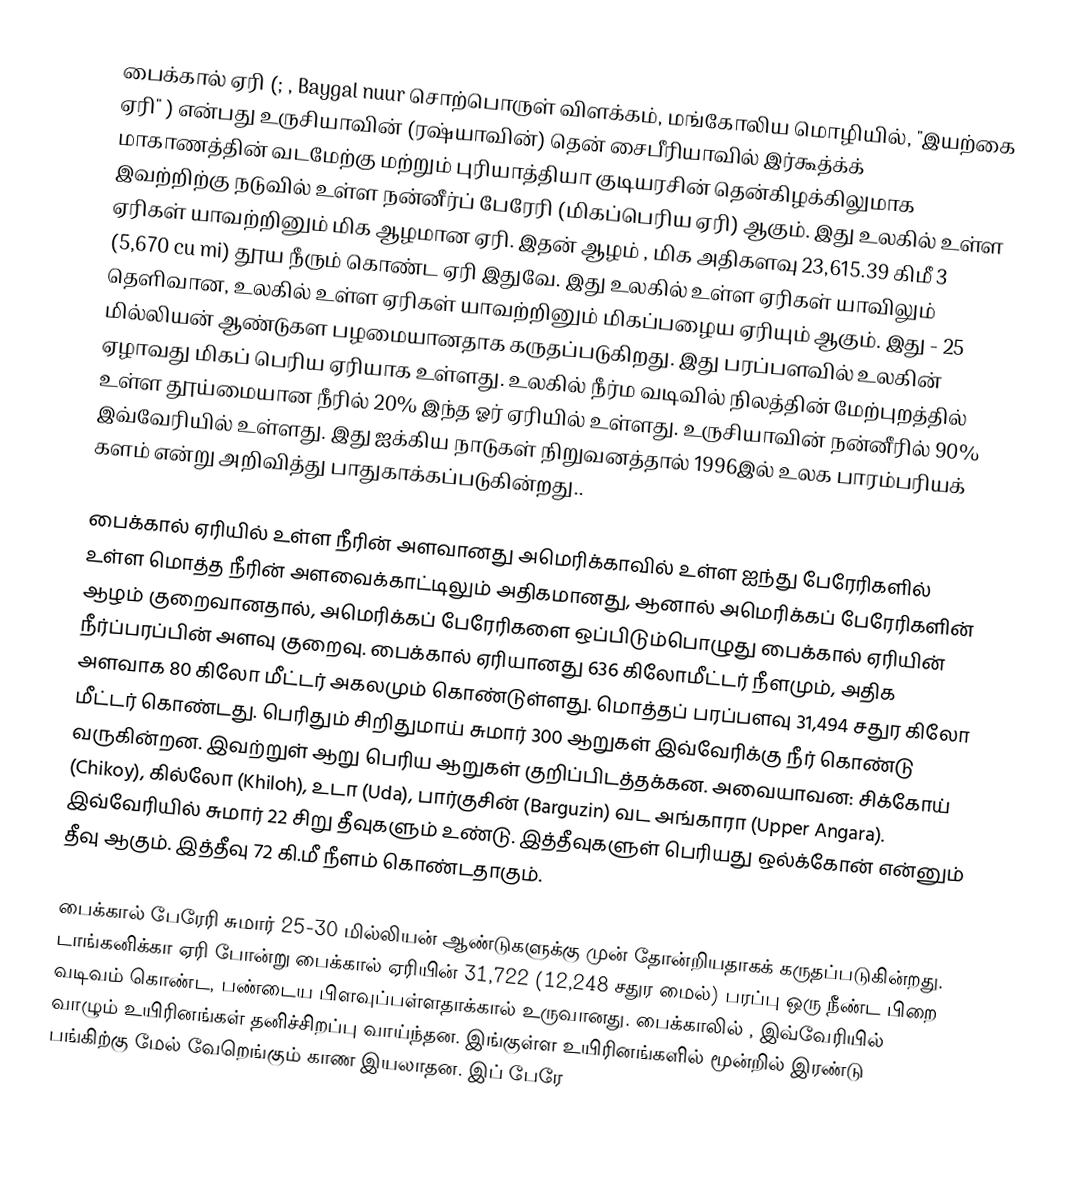
பைக்கால் ஏரி (; ,  Baygal nuur   சொற்பொருள் விளக்கம், மங்கோலிய மொழியில், "இயற்கை ஏரி" ) என்பது உருசியாவின் (ரஷ்யாவின்) தென் சைபீரியாவில் இர்கூத்க்க் மாகாணத்தின் வடமேற்கு மற்றும் புரியாத்தியா குடியரசின் தென்கிழக்கிலுமாக இவற்றிற்கு நடுவில்   உள்ள நன்னீர்ப் பேரேரி (மிகப்பெரிய ஏரி) ஆகும். இது உலகில் உள்ள ஏரிகள் யாவற்றினும் மிக ஆழமான ஏரி. இதன் ஆழம் , மிக அதிகளவு 23,615.39 கிமீ 3 (5,670 cu mi) தூய நீரும் கொண்ட ஏரி இதுவே. இது உலகில் உள்ள ஏரிகள் யாவிலும் தெளிவான, உலகில் உள்ள ஏரிகள் யாவற்றினும் மிகப்பழைய ஏரியும் ஆகும். இது - 25 மில்லியன் ஆண்டுகள பழமையானதாக கருதப்படுகிறது.  இது பரப்பளவில் உலகின் ஏழாவது மிகப் பெரிய ஏரியாக உள்ளது.  உலகில் நீர்ம வடிவில் நிலத்தின் மேற்புறத்தில் உள்ள தூய்மையான நீரில் 20% இந்த ஓர் ஏரியில் உள்ளது.  உருசியாவின் நன்னீரில் 90% இவ்வேரியில் உள்ளது.  இது ஐக்கிய நாடுகள் நிறுவனத்தால் 1996இல் உலக பாரம்பரியக் களம்  என்று அறிவித்து பாதுகாக்கப்படுகின்றது..

பைக்கால் ஏரியில் உள்ள நீரின் அளவானது அமெரிக்காவில் உள்ள ஐந்து பேரேரிகளில் உள்ள மொத்த நீரின் அளவைக்காட்டிலும் அதிகமானது, ஆனால் அமெரிக்கப் பேரேரிகளின் ஆழம் குறைவானதால், அமெரிக்கப் பேரேரிகளை ஒப்பிடும்பொழுது பைக்கால் ஏரியின் நீர்ப்பரப்பின் அளவு குறைவு. பைக்கால் ஏரியானது 636 கிலோமீட்டர் நீளமும், அதிக அளவாக 80 கிலோ மீட்டர் அகலமும் கொண்டுள்ளது. மொத்தப் பரப்பளவு 31,494 சதுர கிலோ மீட்டர் கொண்டது. பெரிதும் சிறிதுமாய் சுமார் 300 ஆறுகள் இவ்வேரிக்கு நீர் கொண்டு வருகின்றன. இவற்றுள் ஆறு பெரிய ஆறுகள் குறிப்பிடத்தக்கன. அவையாவன: சிக்கோய் (Chikoy), கில்லோ (Khiloh), உடா (Uda), பார்குசின் (Barguzin) வட அங்காரா (Upper Angara). இவ்வேரியில் சுமார் 22 சிறு தீவுகளும் உண்டு. இத்தீவுகளுள் பெரியது ஒல்க்கோன் என்னும் தீவு ஆகும். இத்தீவு 72 கி.மீ நீளம் கொண்டதாகும்.

பைக்கால் பேரேரி சுமார் 25-30 மில்லியன் ஆண்டுகளுக்கு முன் தோன்றியதாகக் கருதப்படுகின்றது. டாங்கனிக்கா ஏரி போன்று பைக்கால் ஏரியின்  31,722 (12,248 சதுர மைல்) பரப்பு ஒரு நீண்ட பிறை வடிவம் கொண்ட, பண்டைய பிளவுப்பள்ளதாக்கால் உருவானது. பைக்காலில் , இவ்வேரியில் வாழும் உயிரினங்கள் தனிச்சிறப்பு வாய்ந்தன. இங்குள்ள உயிரினங்களில் மூன்றில் இரண்டு பங்கிற்கு மேல் வேறெங்கும் காண இயலாதன. இப் பேரே